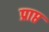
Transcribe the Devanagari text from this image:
प्राप्त